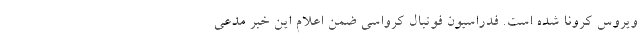
ویروس کرونا شده است. فدراسیون فوتبال کرواسی ضمن اعلام این خبر مدعی